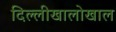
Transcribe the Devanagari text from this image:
दिल्लीखालोखाल